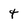
Character: t